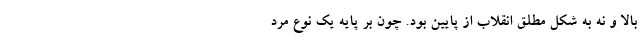
بالا و نه به شکل مطلق انقلاب از پایین بود. چون بر پایه یک نوع مرد